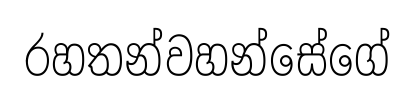
රහතන්වහන්සේගේ